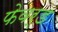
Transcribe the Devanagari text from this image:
फेवर्ड